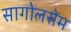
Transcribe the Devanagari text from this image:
सागोलसेम